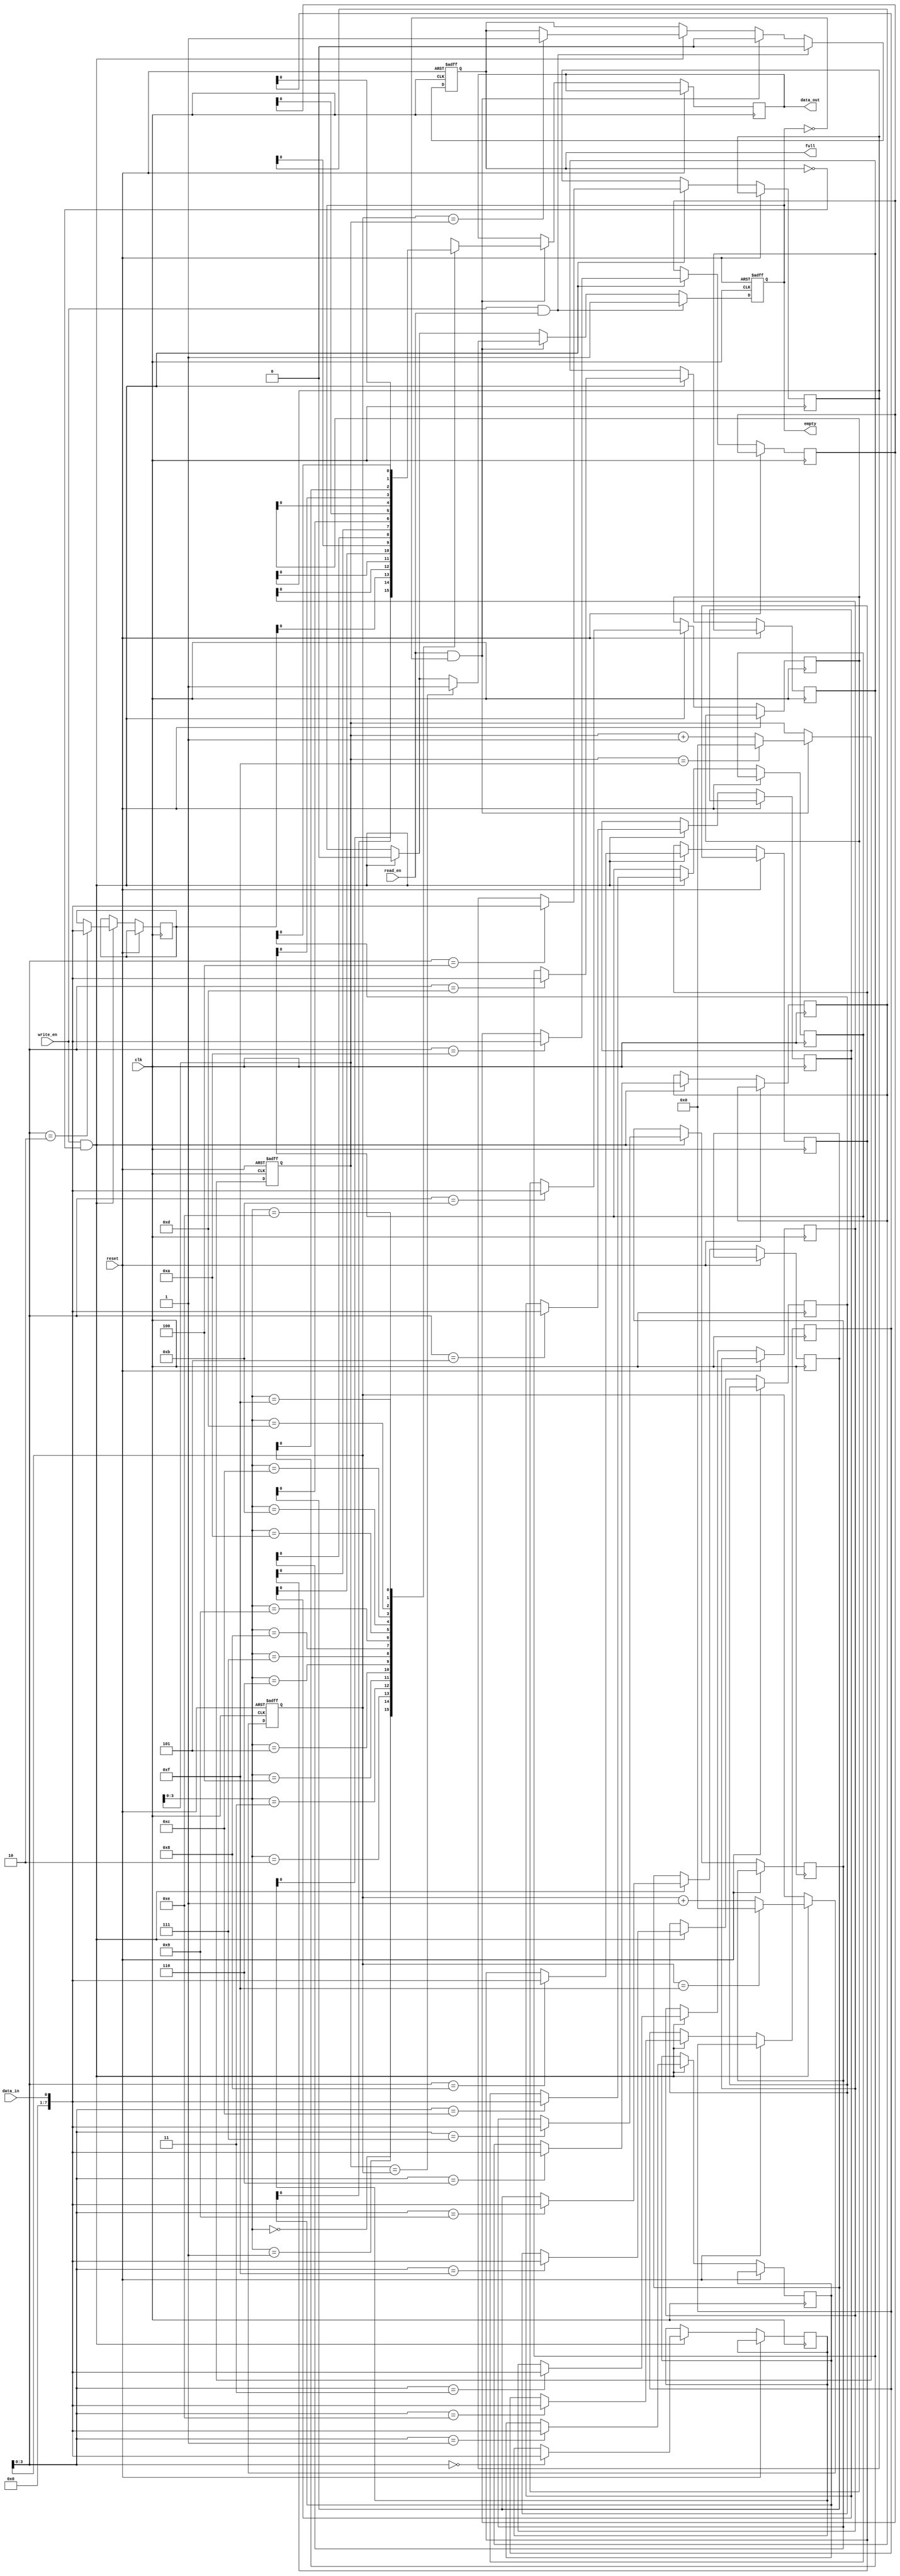
module BidirectionalFIFO (
  input wire clk,
  input wire reset,
  input wire write_en,
  input wire read_en,
  input wire data_in,
  output wire data_out,
  output reg full,
  output reg empty
);

parameter DEPTH = 16;
reg [7:0] memory [DEPTH-1:0];
reg [4:0] write_ptr;
reg [4:0] read_ptr;

always @(posedge clk or posedge reset) begin
  if (reset) begin
    write_ptr <= 5'b00000;
    read_ptr <= 5'b00000;
    full <= 1'b0;
    empty <= 1'b1;
  end else begin
    if (write_en && !full) begin
      memory[write_ptr] <= data_in;
      write_ptr <= write_ptr + 1;
      if (write_ptr == DEPTH-1) begin
        write_ptr <= 5'b00000;
      end
      empty <= 1'b0;
      if (write_ptr == read_ptr) begin
        full <= 1'b1;
      end
    end
    if (read_en && !empty) begin
      data_out <= memory[read_ptr];
      read_ptr <= read_ptr + 1;
      if (read_ptr == DEPTH-1) begin
        read_ptr <= 5'b00000;
      end
      full <= 1'b0;
      if (read_ptr == write_ptr) begin
        empty <= 1'b1;
      end
    end
    if (write_en && read_en) begin
      full <= 1'b0;
      empty <= 1'b1;
    end
  end
end

endmodule